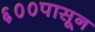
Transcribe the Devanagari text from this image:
६००पासून